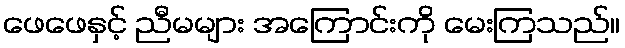
ဖေဖေနှင့် ညီမများ အကြောင်းကို မေးကြသည်။